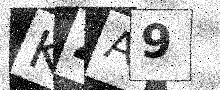
Text: KZA9